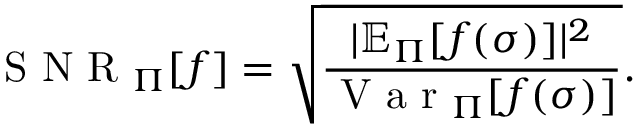
\mathrm { ~ S ~ N ~ R ~ } _ { \Pi } [ f ] = \sqrt { \frac { | \mathbb { E } _ { \Pi } [ f ( \sigma ) ] | ^ { 2 } } { \mathrm { ~ V ~ a ~ r ~ } _ { \Pi } [ f ( \sigma ) ] } } .